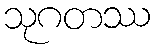
သုဂတဿ